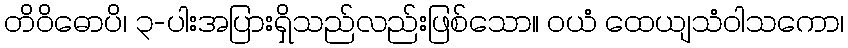
တိဝိဓောပိ၊ ၃-ပါးအပြားရှိသည်လည်းဖြစ်သော။ ဝယံ ထေယျသံဝါသကော၊